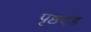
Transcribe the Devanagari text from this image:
पृष्ठदंड